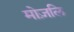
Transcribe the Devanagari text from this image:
मोज़लि